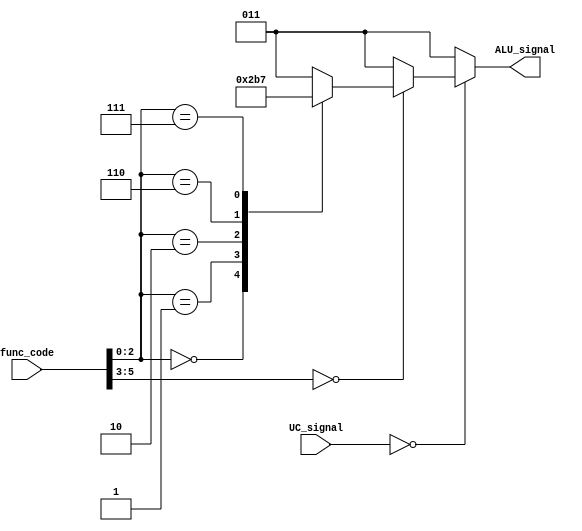
module alu_control(
    input [5:0] func_code,
    input [2:0] UC_signal,
    output reg [2:0] ALU_signal
);

always @(*)
begin
    case(UC_signal)
        3'b000: begin
            case(func_code[5:3])
                3'b000: begin 
                    case(func_code[2:0])
                        3'b000: ALU_signal = 3'b000; // AND
                        3'b001: ALU_signal = 3'b001; // OR
                        3'b010: ALU_signal = 3'b010; // suma
                        3'b110: ALU_signal = 3'b110; // resta
                        3'b111: ALU_signal = 3'b111; // Set on less than
                        default: ALU_signal = 3'b011; 
                    endcase
                end
                default: begin 
                    ALU_signal = 3'b011;
                end
            endcase
        end
        default: begin
            ALU_signal = 3'b011;
        end
    endcase
end

endmodule